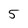
Character: 5